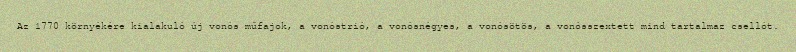
Az 1770 környékére kialakuló új vonós műfajok, a vonóstrió, a vonósnégyes, a vonósötös, a vonósszextett mind tartalmaz csellót.